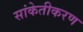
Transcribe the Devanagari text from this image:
सांकेतीकरण